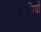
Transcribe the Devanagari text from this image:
बगलियों